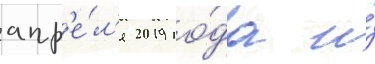
апр'е́л'я 2019 го́да и́